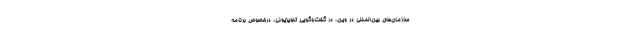
سازمان‌های بین‌المللی در وین، در گفت‌وگویی تلویزیونی، درخصوص برنامه